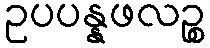
ဥပပန္နဖလဉ္စ